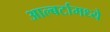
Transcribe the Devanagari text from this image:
आल्बर्टामध्ये